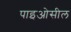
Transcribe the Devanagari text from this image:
पाइओसील